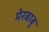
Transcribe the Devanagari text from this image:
मेरबाबु